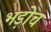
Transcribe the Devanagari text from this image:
भड़ोच